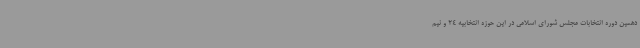
دهمین دوره انتخابات مجلس شورای اسلامی در این حوزه انتخابیه 24 و نیم